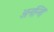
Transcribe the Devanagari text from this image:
अनन्ति